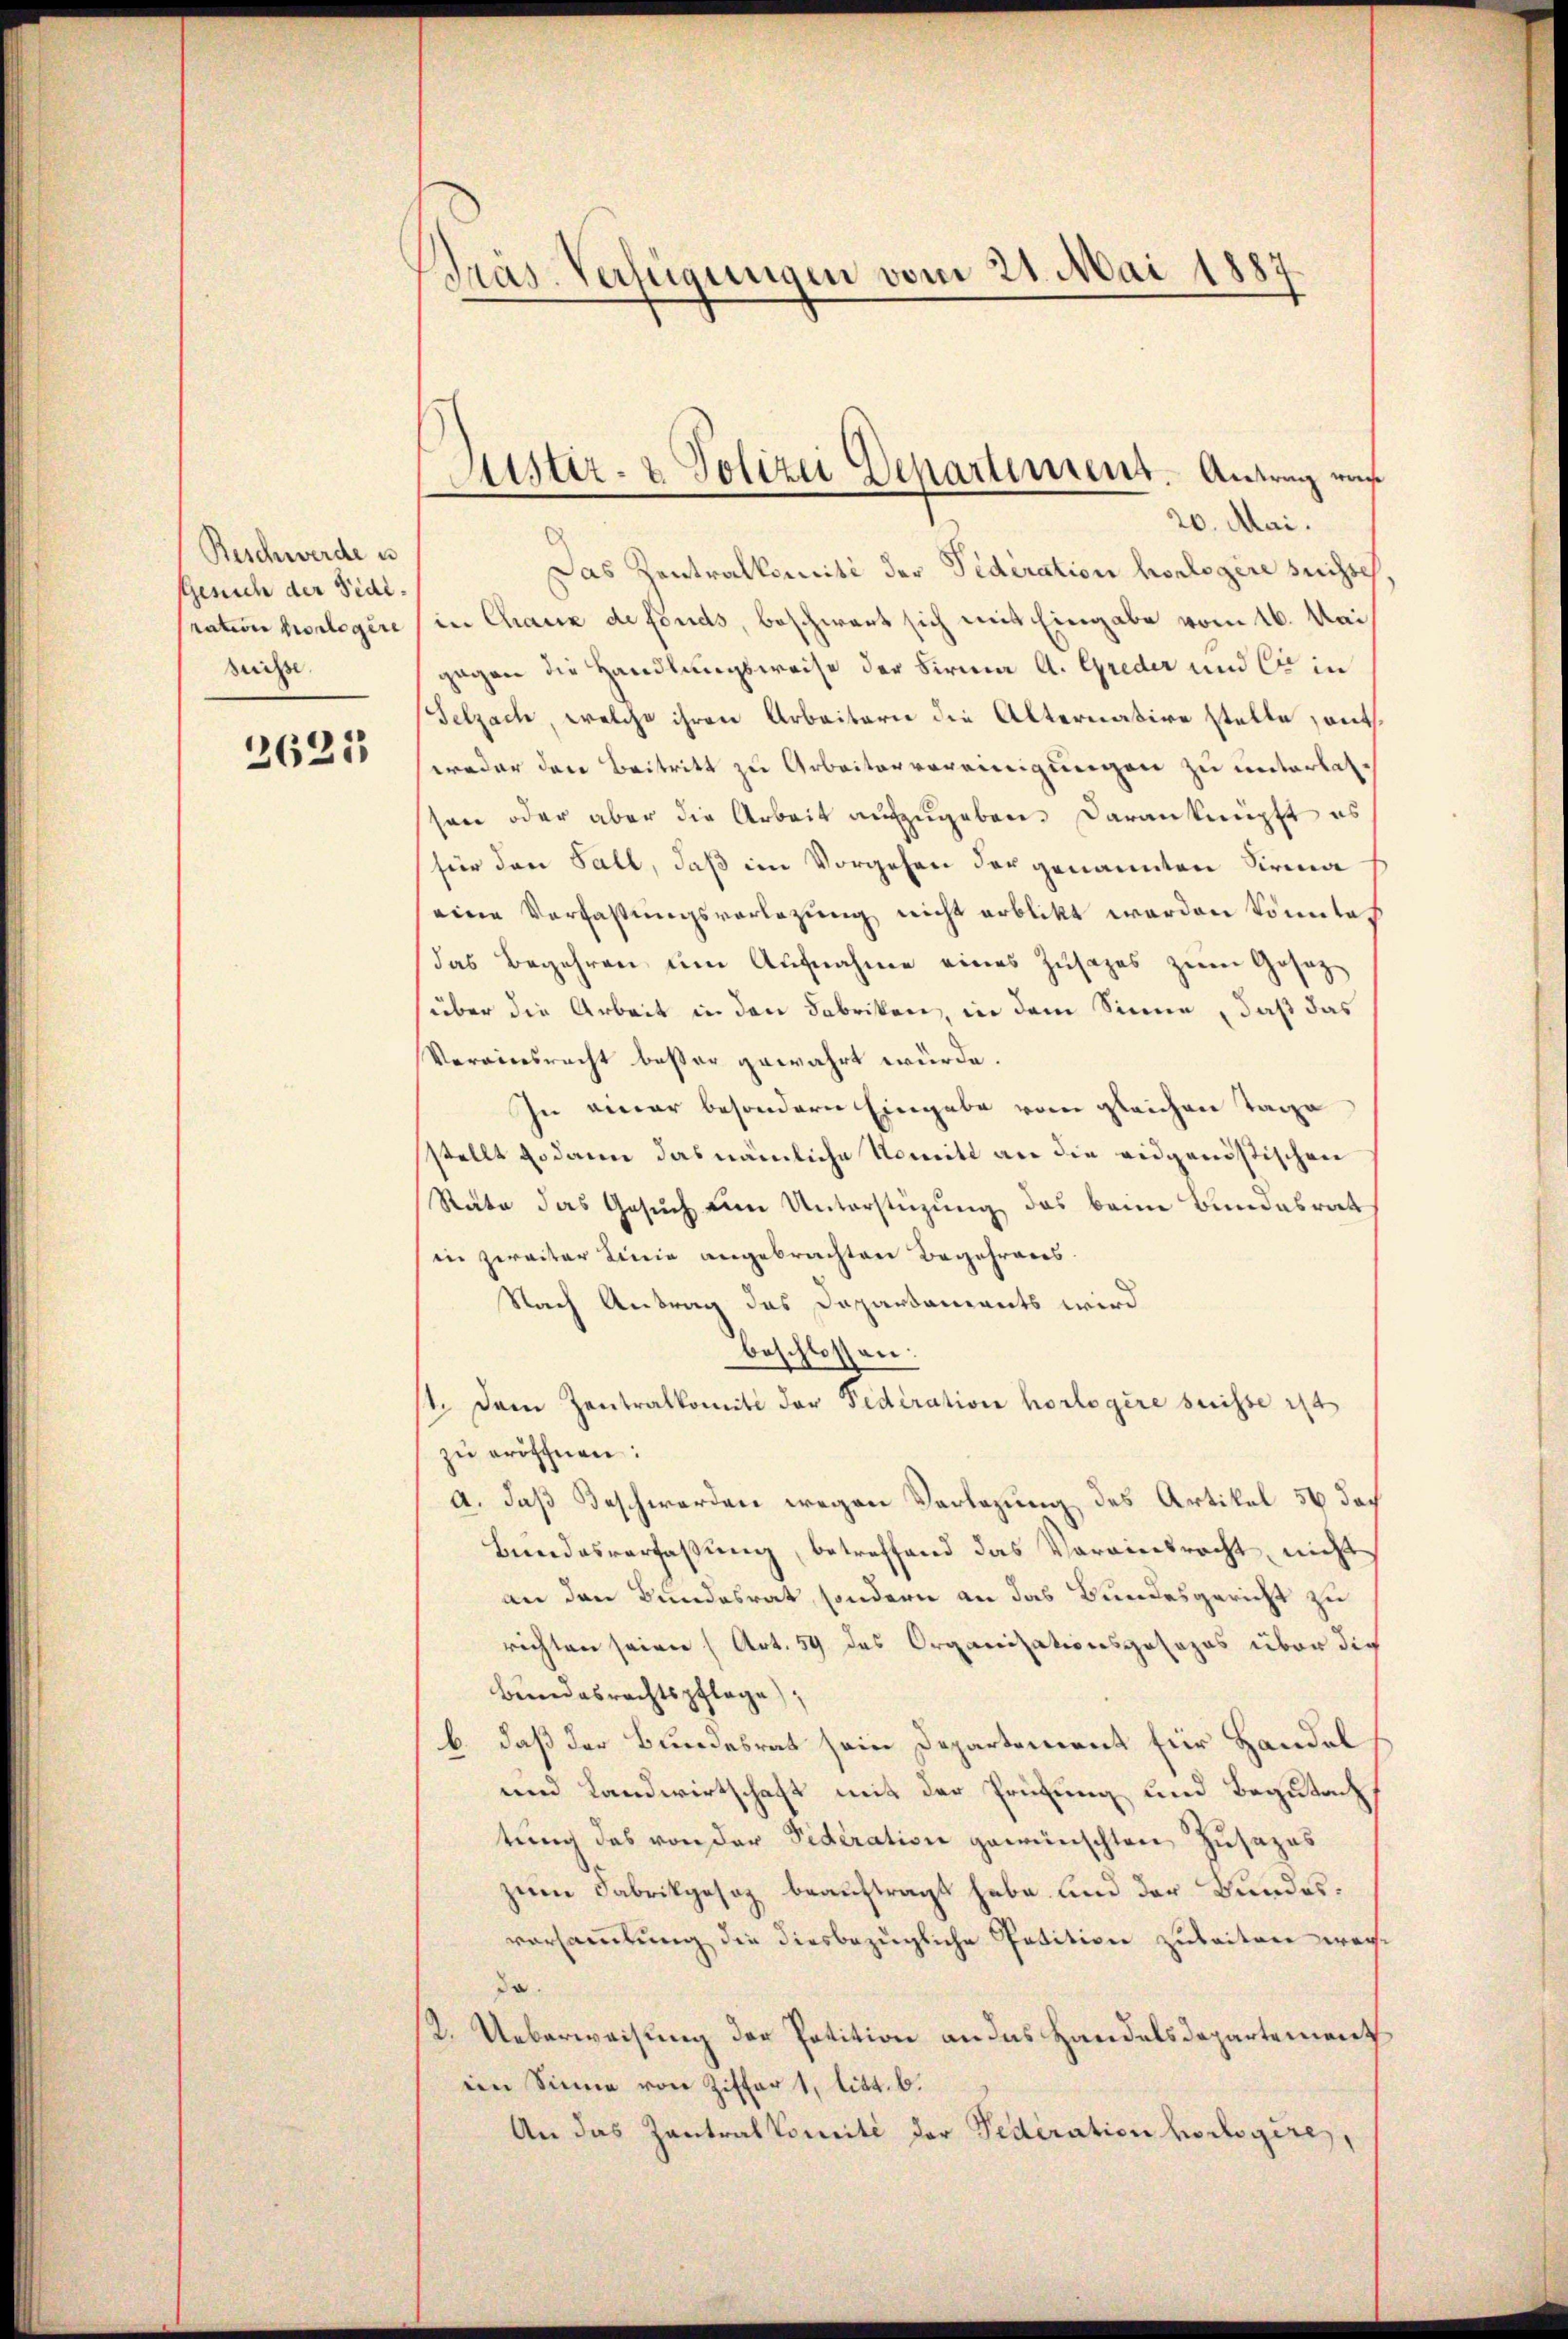
Beschwerde u.
Gesuch der Fediration vorlegere
drisse |

3625

Gras Verfügungen vom 21. Mai 1887

Das Zentralkomiti der Sideration horlogere sichtes,
in Chaux de fonds, beschwert sich mit Eingabe vom 16. Mai
gegen die Handlungsweise der Firma A. Greder und er in
Selzach, welche ihren Arbeitern die Alternative stelle, ent
weder den Beitritt zu Arbeitervereinigungen zu unterlassen oder aber die Arbeit aufzugeben. Daranknüpft es
für den Fall, daß im Vorgehen der genannten Firma
eine Verfassŭngsvorlegŭng nicht erblikt worden könnte.
das Begehren um Aufnahme eines Zusages zum Gesetzüber die Arbeit in den Fabriken, in dem Sinne, daß das
Vereinsrecht beßer gewahrt würde.
In einer besondern Eingabe vom gleichen Tage
stellt sodann das nämliche Nomitt an die eidgenössischen
Räte das Gesuch eine Unterstüzung das beim Bundesrat
die zweiter Linie angebrachten Begehrens.
Nach Antrag das Dapartaments wird
beschlossen:
1. Dem Zentralkomite der Federation horlogere suisse ist
zŭ eröffnen:
a. daß Beschwerden wegen Verlegung des Artikel 56 das
Bendasverfaβŭng, betreffend das Vereinsrecht nicht
an den Bundesrat, sondern an das Bundesgericht zu
richten seien (Art. 59 des Organisationsgesezes über die
Bundesrechtspflege,
b. daß der Bundesrat sein Departement für Handel
und Landwirtschaft mit der Prüfung und Begutach,
tung das von der Sideration gewünschten Zusazes
zum Fabrikgesag beauftragt habe und der Bundesversammlung die diesbezügliche Petition zubeiten wegda.
2. Ueberweisung der Potition an das Handelsdepartement
ein Sinne von Ziffer 1, litt. b.
An das Zentralkomité der Pederation hochgere,

Justiz- & Polizei Departement. Antrag war
20. Mai.